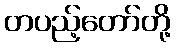
တပည့်တော်တို့